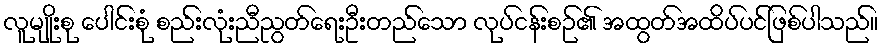
လူမျိုးစု ပေါင်းစုံ စည်းလုံးညီညွတ်ရေးဦးတည်သော လုပ်ငန်းစဉ်၏ အထွတ်အထိပ်ပင်ဖြစ်ပါသည်။